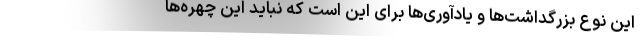
این نوع بزرگداشت‌ها و یادآوری‌ها برای این است که نباید این چهره‌ها